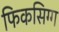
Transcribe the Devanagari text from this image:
फिकसिग्ग